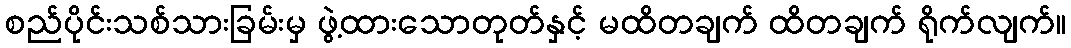
စည်ပိုင်းသစ်သားခြမ်းမှ ဖွဲ့ထားသောတုတ်နှင့် မထိတချက် ထိတချက် ရိုက်လျက်။